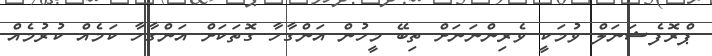
ޕްރޮފެޝަނަލް ވުމަކީ ވެރިންނަނަށް ތިބޭ މީހުން އަންގާހާ ގޮތަކަށް އަންގާހާ ކަމެއް ކުރުމެއް